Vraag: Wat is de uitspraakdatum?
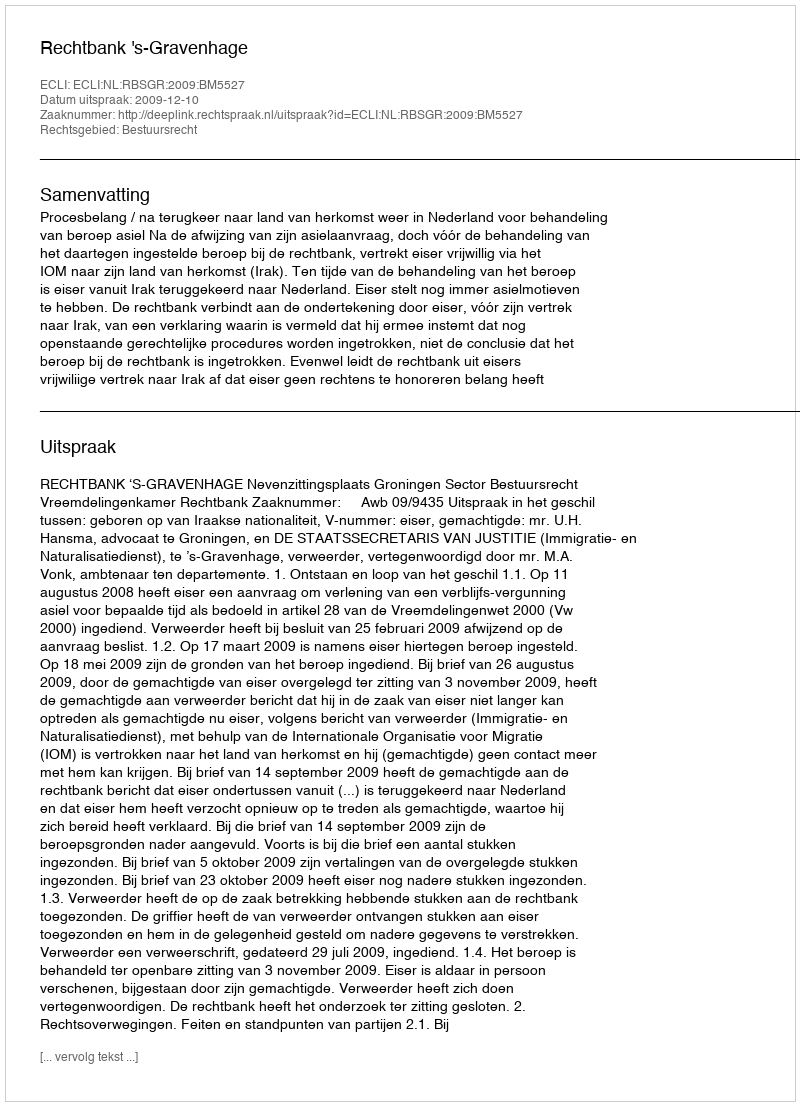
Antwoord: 2009-12-10